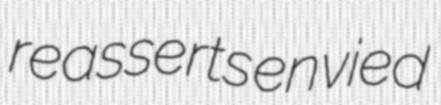
reasserts envied